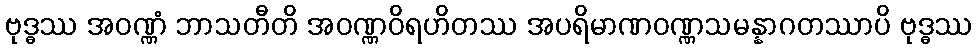
ဗုဒ္ဓဿ အဝဏ္ဏံ ဘာသတီတိ အဝဏ္ဏဝိရဟိတဿ အပရိမာဏဝဏ္ဏသမန္နာဂတဿာပိ ဗုဒ္ဓဿ